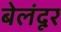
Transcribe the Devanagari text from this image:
बेलंदूर